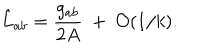
\hat { L } _ { a b } = { \frac { g _ { a b } } { 2 A } } ~ + ~ { \cal O } ( 1 / k ) .